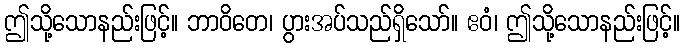
ဤသို့သောနည်းဖြင့်။ ဘာဝိတေ၊ ပွားအပ်သည်ရှိသော်။ ဧဝံ၊ ဤသို့သောနည်းဖြင့်။